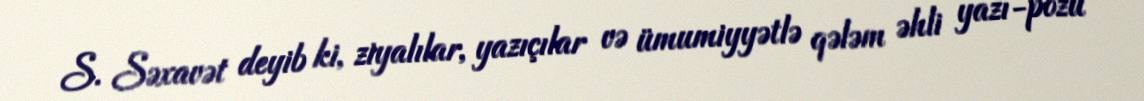
S. Səxavət deyib ki, ziyalılar, yazıçılar və ümumiyyətlə qələm əhli yazı-pozu